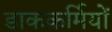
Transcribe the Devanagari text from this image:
डाककर्मियों